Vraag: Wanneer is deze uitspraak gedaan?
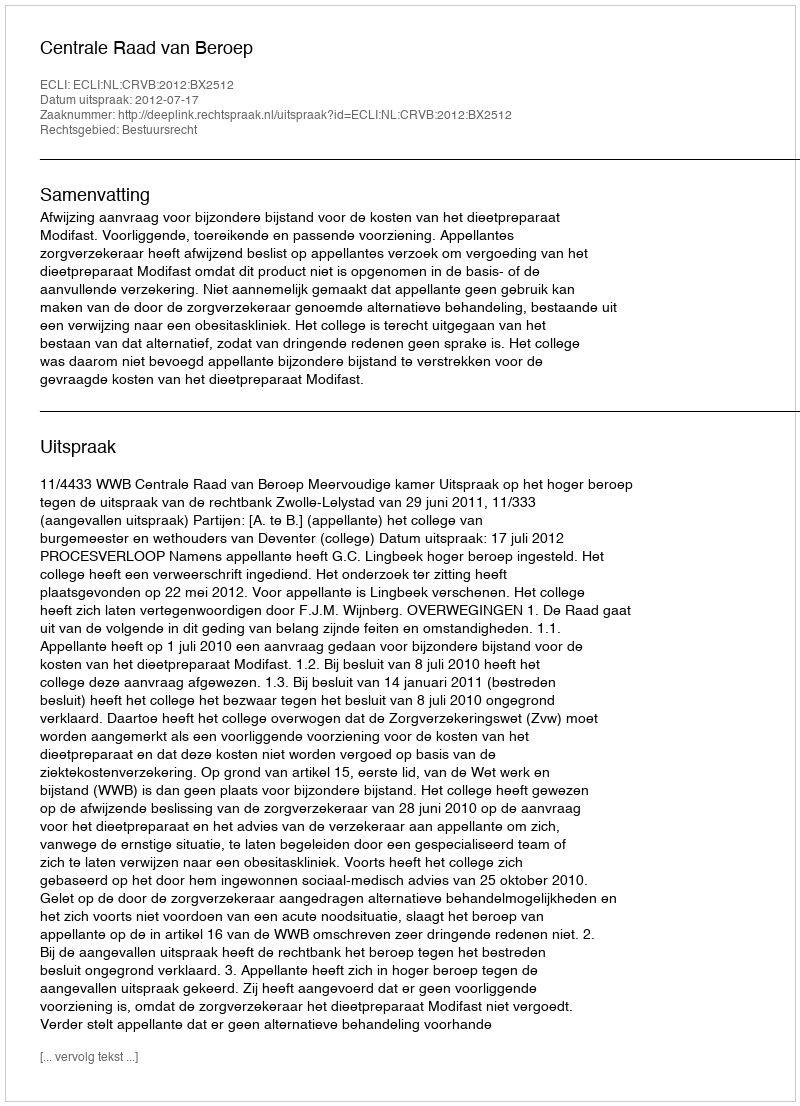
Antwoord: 2012-07-17